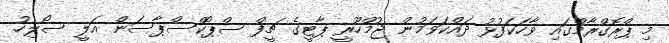
މި ޕްރޮގްރާމްގައި ވާހަކަފުޅު ދައްކަވަމުން ޖުމްހޫރީ ޕާޓީގެ ޗީފް ސްޕޯކްސްޕާސަން އަލީ ސޯލިހު